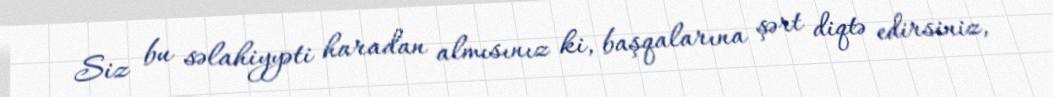
Siz bu səlahiyyəti haradan almısınız ki, başqalarına şərt diqtə edirsiniz,